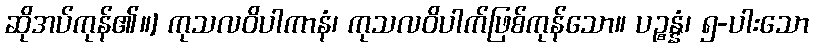
ဆိုအပ်ကုန်၏။] ကုသလဝိပါကာနံ၊ ကုသလဝိပါက်ဖြစ်ကုန်သော။ ပဉ္စန္နံ၊ ၅-ပါးသော